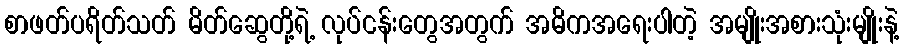
စာဖတ်ပရိတ်သတ် မိတ်ဆွေတို့ရဲ့ လုပ်ငန်းတွေအတွက် အဓိကအရေးပါတဲ့ အမျိုးအစားသုံးမျိုးနဲ့